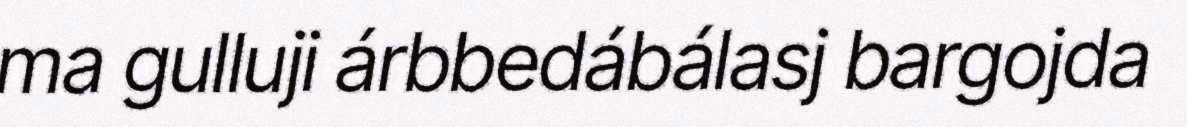
ma gulluji árbbedábálasj bargojda